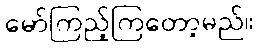
မော်ကြည့်ကြတော့မည်။